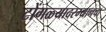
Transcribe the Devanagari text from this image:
टोंगळ्यादरम्यानचा